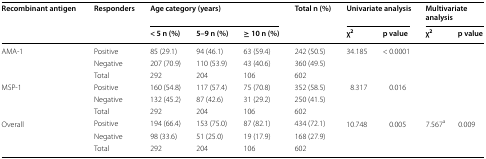
<table><thead><tr><td rowspan="2"><b>Recombinant antigen</b></td><td rowspan="2"><b>Responders</b></td><td colspan="3"><b>Age category (years)</b></td><td rowspan="2"><b>Total n (%)</b></td><td colspan="2"><b>Univariate analysis</b></td><td colspan="2"><b>Multivariate analysis</b></td></tr><tr><td><b>&lt; 5 n (%)</b></td><td><b>5–9 n (%)</b></td><td><b>≥ 10 n (%)</b></td><td><b>χ<sup>2</sup></b></td><td><b>p value</b></td><td><b>χ<sup>2</sup></b></td><td><b>p value</b></td></tr></thead><tbody><tr><td rowspan="3">AMA-1</td><td>Positive</td><td>85 (29.1)</td><td>94 (46.1)</td><td>63 (59.4)</td><td>242 (50.5)</td><td rowspan="3">34.185</td><td rowspan="3">&lt; 0.0001</td><td rowspan="3"></td><td rowspan="3"></td></tr><tr><td>Negative</td><td>207 (70.9)</td><td>110 (53.9)</td><td>43 (40.6)</td><td>360 (49.5)</td></tr><tr><td>Total</td><td>292</td><td>204</td><td>106</td><td>602</td></tr><tr><td rowspan="3">MSP-1</td><td>Positive</td><td>160 (54.8)</td><td>117 (57.4)</td><td>75 (70.8)</td><td>352 (58.5)</td><td rowspan="3">8.317</td><td rowspan="3">0.016</td><td rowspan="3"></td><td rowspan="3"></td></tr><tr><td>Negative</td><td>132 (45.2)</td><td>87 (42.6)</td><td>31 (29.2)</td><td>250 (41.5)</td></tr><tr><td>Total</td><td>292</td><td>204</td><td>106</td><td>602</td></tr><tr><td rowspan="3">Overall</td><td>Positive</td><td>194 (66.4)</td><td>153 (75.0)</td><td>87 (82.1)</td><td>434 (72.1)</td><td rowspan="3">10.748</td><td rowspan="3">0.005</td><td rowspan="3">7.567<sup>a</sup></td><td rowspan="3">0.009</td></tr><tr><td>Negative</td><td>98 (33.6)</td><td>51 (25.0)</td><td>19 (17.9)</td><td>168 (27.9)</td></tr><tr><td>Total</td><td>292</td><td>204</td><td>106</td><td>602</td></tr></tbody></table>